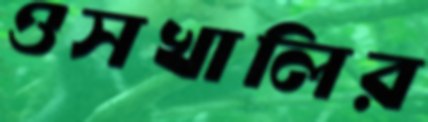
ওসখালির